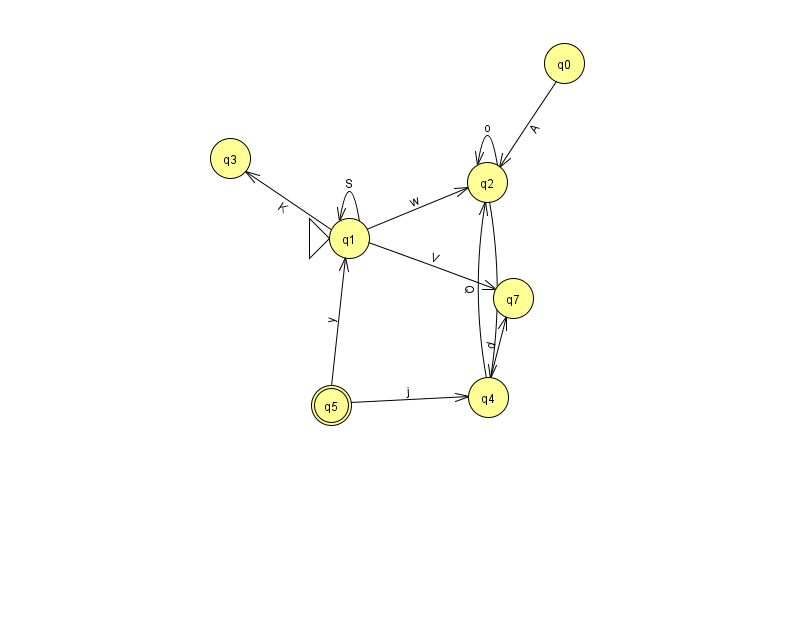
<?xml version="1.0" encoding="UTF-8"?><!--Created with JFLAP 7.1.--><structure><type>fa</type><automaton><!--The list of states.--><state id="0" name="q0"><x>564.0</x><y>50.0</y></state><state id="1" name="q1"><x>349.0</x><y>225.0</y><initial/></state><state id="2" name="q2"><x>487.0</x><y>169.0</y></state><state id="3" name="q3"><x>230.0</x><y>145.0</y></state><state id="4" name="q4"><x>488.0</x><y>384.0</y></state><state id="5" name="q5"><x>331.0</x><y>392.0</y><final/></state><state id="7" name="q7"><x>513.0</x><y>285.0</y></state><!--The list of transitions.--><transition><from>0</from><to>2</to><read>A</read></transition><transition><from>1</from><to>7</to><read>V</read></transition><transition><from>1</from><to>1</to><read>S</read></transition><transition><from>5</from><to>4</to><read>j</read></transition><transition><from>1</from><to>3</to><read>K</read></transition><transition><from>4</from><to>2</to><read>Q</read></transition><transition><from>5</from><to>1</to><read>y</read></transition><transition><from>1</from><to>2</to><read>w</read></transition><transition><from>4</from><to>7</to><read>d</read></transition><transition><from>2</from><to>4</to><read>y</read></transition><transition><from>2</from><to>2</to><read>o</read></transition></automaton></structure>